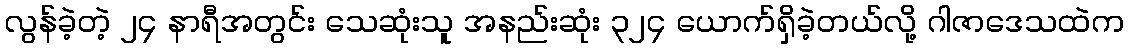
လွန်ခဲ့တဲ့ ၂၄ နာရီအတွင်း သေဆုံးသူ အနည်းဆုံး ၃၂၄ ယောက်ရှိခဲ့တယ်လို့ ဂါဇာဒေသထဲက